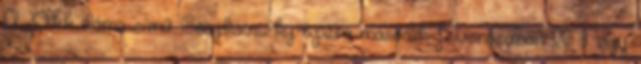
A Pikk dáma című Csajkovszkij-opera második felvonásában II. Nagy